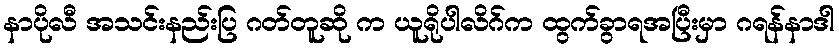
နာပိုလီ အသင်းနည်းပြ ဂတ်တူဆို က ယူရိုပါလိဂ်က ထွက်ခွာရအပြီးမှာ ဂရန်နာဒါ